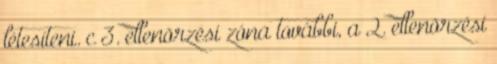
létesíteni. c 3. ellenõrzési zóna további, a 2. ellenõrzési